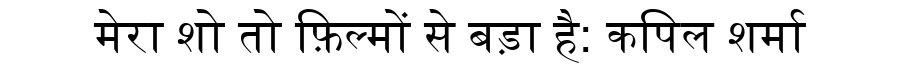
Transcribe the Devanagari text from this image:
मेरा शो तो फ़िल्मों से बड़ा है: कपिल शर्मा